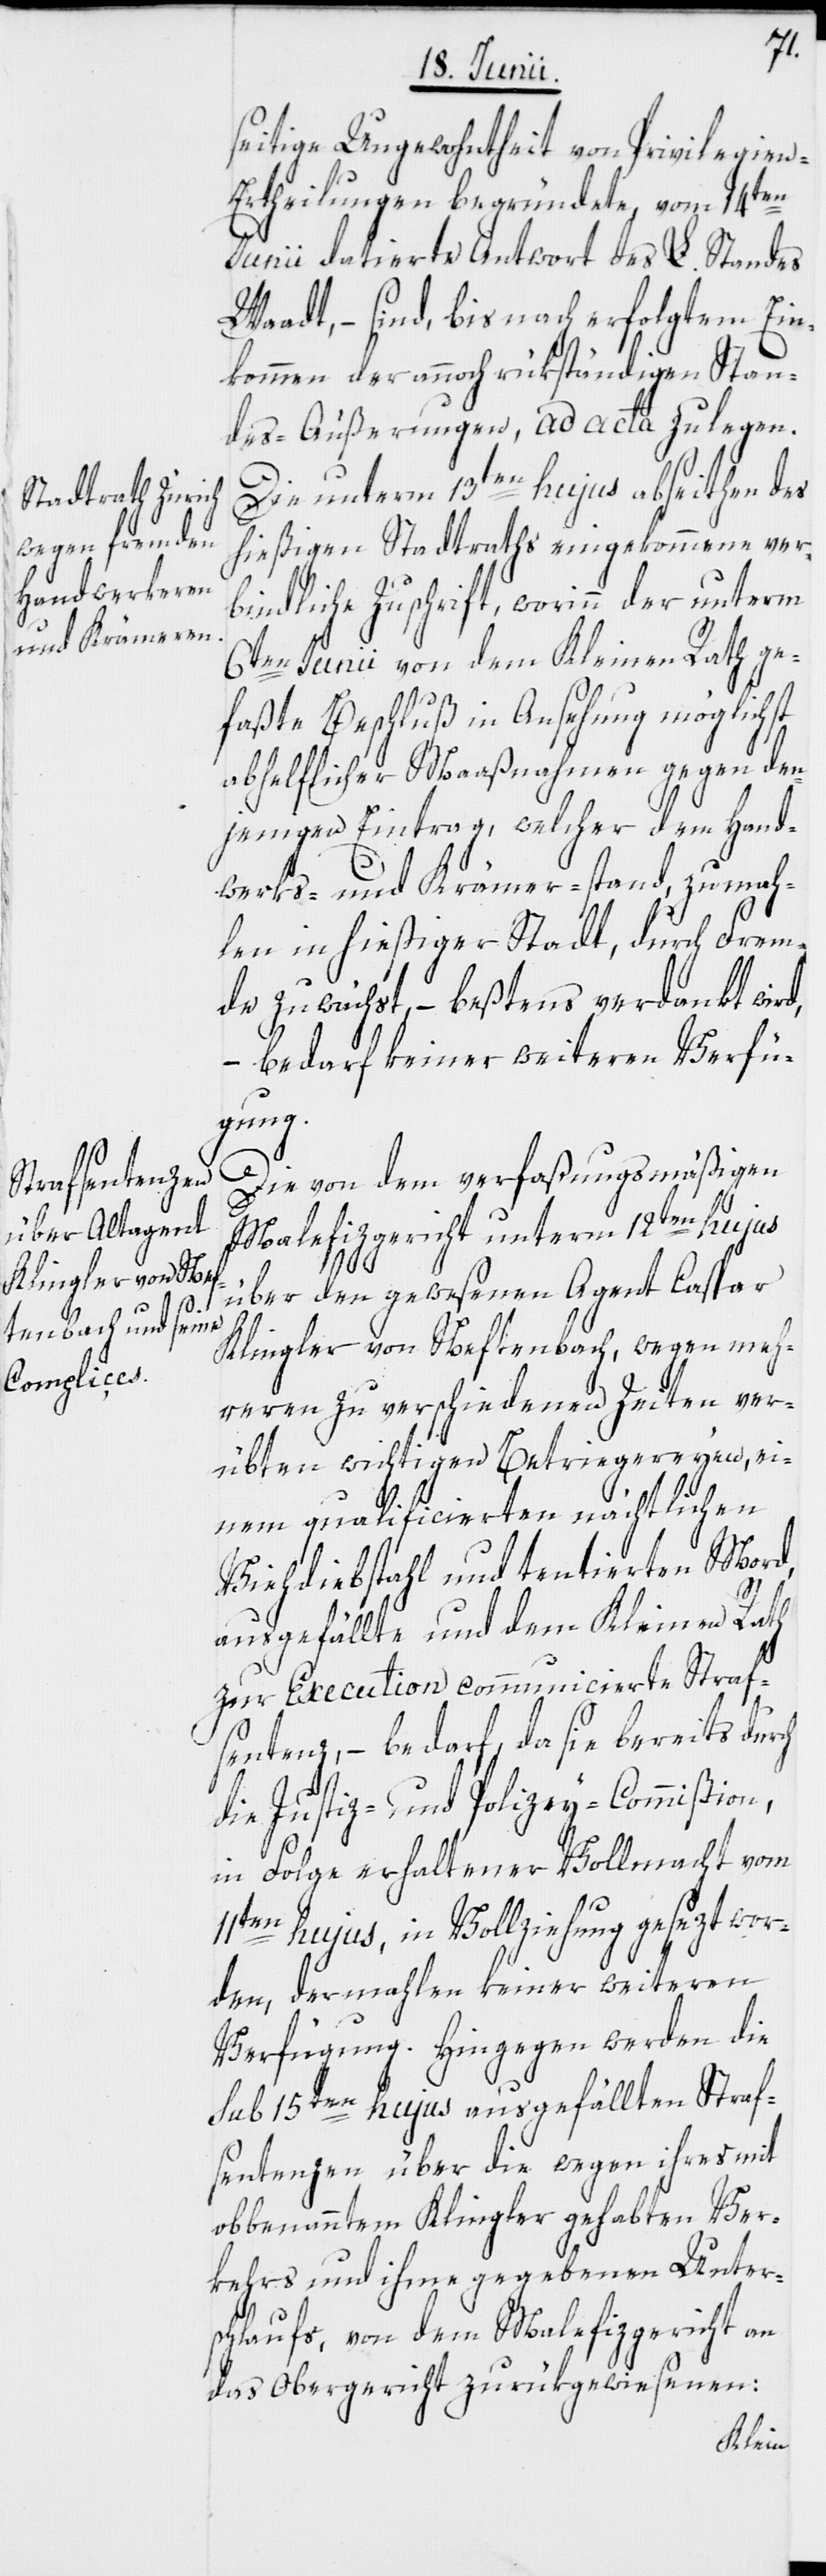
seitige Ungewohntheit von Privilegien-E¬
rtheilungen begründete, vom 14ten
Junii datierte Antwort des L. Standes
Waadt, – sind, bis nach erfolgtem Ein¬
kommen der annoch rükständigen Stan¬
des-Äußerungen, ad acta zu legen.
Die unterm 13ten hujus abseithen des
hießigen Stadtraths eingekommene ver¬
bindliche Zuschrift, worinn der unterm
6ten Junii von dem Kleinen Rath ge¬
faßte Beschluß in Ansehung möglichst
abhelflicher Maaßnahmen gegen den¬
jenigen Eintrag, welcher dem Hand¬
werks- und Krämer-stand, zumah¬
len in hießiger Stadt, durch Frem¬
de zuwächst, – beßtens verdankt wird,
bedarf keiner weiteren Verfü¬
gung.
Die von dem verfaßungsmäßigen
Malefizgericht unterm 12ten hujus
über den gewesenen Agent Caspar
Klingler von Neftenbach, wegen meh¬
reren zu verschiedenen Zeiten ver¬
übten wichtigen Betriegereyen, ei¬
nem qualificierten nächtlichen
Viehdiebstahl und tentierten Mord,
ausgefällte und dem Kleinen Rath
zur Execution communicierte Straf¬
sentenz, – bedarf, da sie bereits durch
die Justiz- und Polizey-Commißion,
in Folge erhaltener Vollmacht vom
11ten hujus, in Vollziehung gesezt wor¬
den, dermahlen keiner weiteren
Verfügung. Hingegen werden die
sub 15ten hujus ausgefällten Straf¬
sentenzen über die wegen ihres mit
obbenanntem Klingler gehabten Ver¬
kehrs und ihme gegebenen Unter¬
schlaufs, von dem Malefizgericht an
das Obergericht zurükgewiesenen: